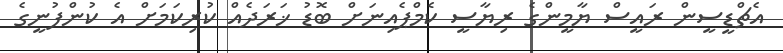
އެޗްޑީސީން ރައީސް ޔާމީންގެ ރިޔާސީ ކެމްޕެއިނަށް ބޮޑު ޚަރަދެއް ކުރިކަމަށް އެ ކުންފުނީގެ